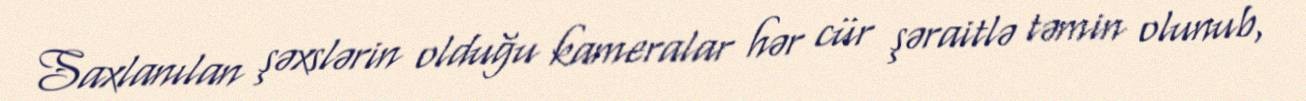
Saxlanılan şəxslərin olduğu kameralar hər cür şəraitlə təmin olunub,